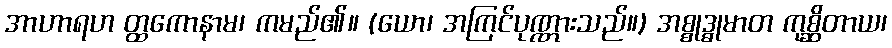
အာဟာရဟ တ္ထကောနာမ၊ ကမည်၏။ (ယော၊ အကြင်ပုဏ္ဏားသည်။) အစ္စုဒ္ဓုမာတ ကုစ္ဆိတာယ၊